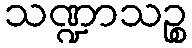
သဏ္ဍာသဉ္စ